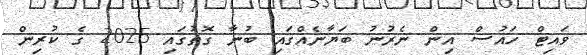
ވައިޓް ހައުސް އިން ނެރުނު ބަޔާނެއްގައި ބުނާ ގޮތުގައި 2025 ގެ ކުރިން